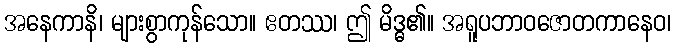
အနေကာနိ၊ များစွာကုန်သော။ ဧတဿ၊ ဤ မိဒ္ဓ၏။ အရူပဘာဝဇောတကာနေဝ၊